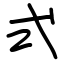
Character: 式